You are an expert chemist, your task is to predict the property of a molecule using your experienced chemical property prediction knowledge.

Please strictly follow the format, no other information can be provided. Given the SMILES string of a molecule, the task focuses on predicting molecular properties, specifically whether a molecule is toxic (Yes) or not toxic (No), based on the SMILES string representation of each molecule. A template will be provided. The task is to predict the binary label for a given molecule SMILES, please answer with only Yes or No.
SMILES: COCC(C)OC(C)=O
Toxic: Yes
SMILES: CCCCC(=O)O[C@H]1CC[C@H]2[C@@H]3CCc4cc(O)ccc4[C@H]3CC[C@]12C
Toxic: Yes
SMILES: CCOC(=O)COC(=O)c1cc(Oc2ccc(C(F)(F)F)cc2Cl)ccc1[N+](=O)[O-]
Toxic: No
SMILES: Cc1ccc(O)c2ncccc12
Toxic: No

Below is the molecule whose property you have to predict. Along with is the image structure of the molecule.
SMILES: CCCOCC(C)OCC(C)O
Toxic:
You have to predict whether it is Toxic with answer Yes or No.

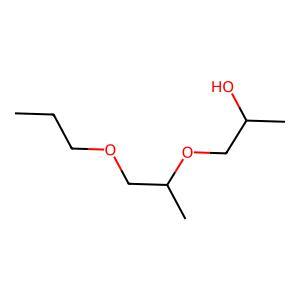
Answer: No